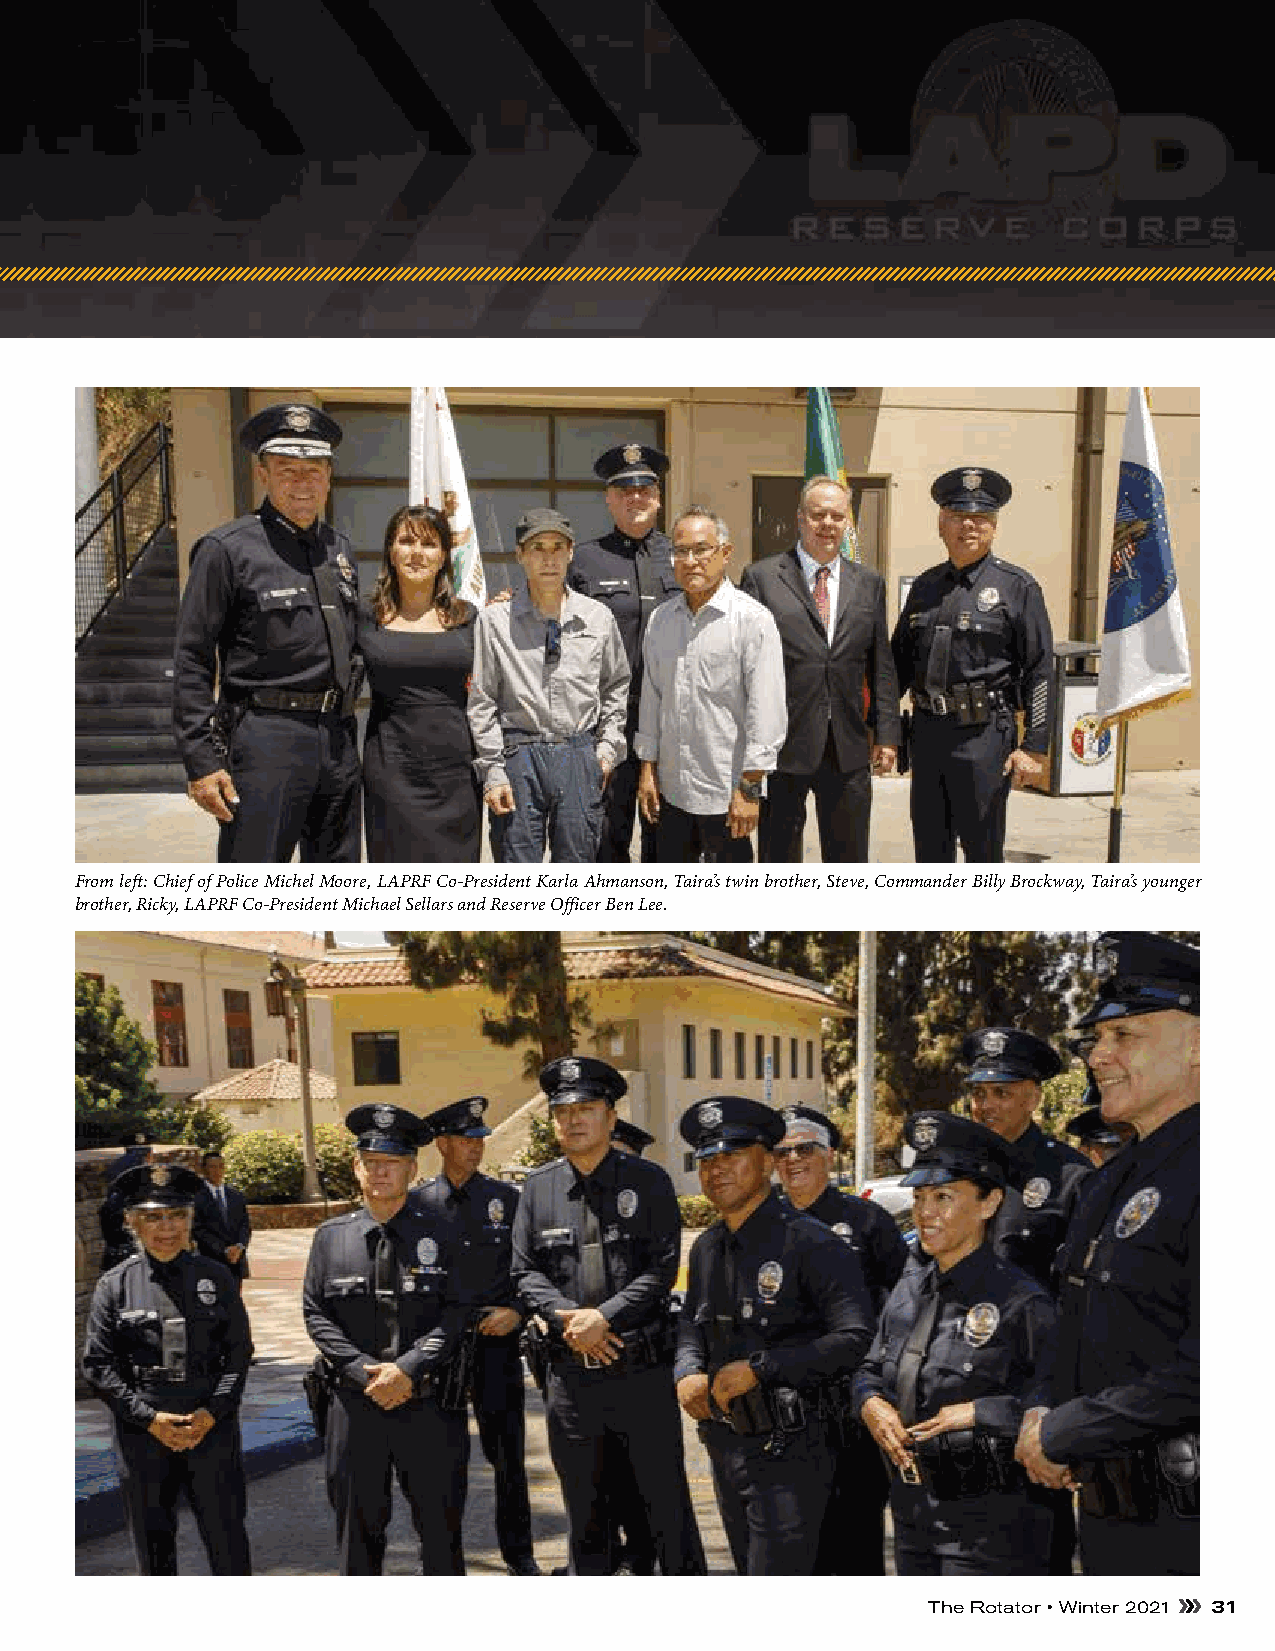
From left: Chief of Police Michel Moore, LAPRF Co-President Karla Ahmanson, Taira’s twin brother, Steve, Commander Billy Brockway, Taira’s younger
 brother, Ricky, LAPRF Co-President Michael Sellars and Reserve Officer Ben Lee.
 The Rotator • Winter 2021 31